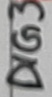
Text: DIG3